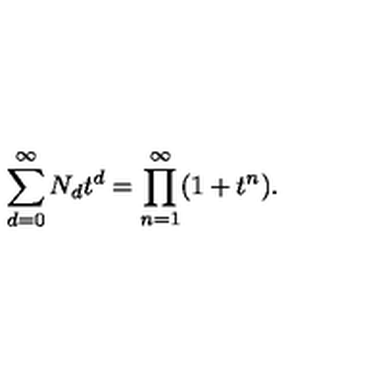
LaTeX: \sum _ { d = 0 } ^ { \infty } N _ { d } t ^ { d } = \prod _ { n = 1 } ^ { \infty } ( 1 + t ^ { n } ) .